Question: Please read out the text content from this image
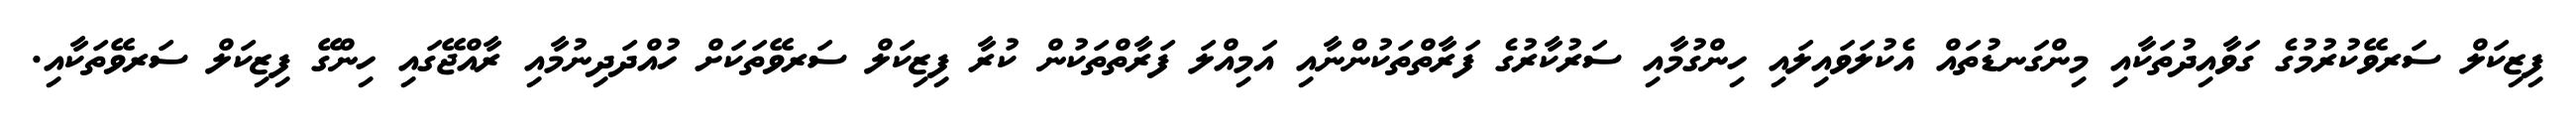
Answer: ފިޒިކަލް ސަރވޭކުރުމުގެ ގަވާއިދުތަކާއި މިންގަނޑުތައް އެކުލަވައިލައި ހިންގުމާއި ސަރުކާރުގެ ފަރާތްތަކުންނާއި އަމިއްލަ ފަރާތްތަކުން ކުރާ ފިޒިކަލް ސަރވޭތަކަށް ހުއްދަދިނުމާއި ރާއްޖޭގައި ހިންގޭ ފިޒިކަލް ސަރވޭތަކާއި.